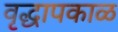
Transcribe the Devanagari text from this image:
वृद्धापकाळ